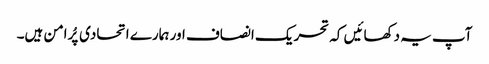
آپ یہ دکھائیں کہ تحریک انصاف اور ہمارے اتحادی پُرامن ہیں۔